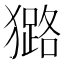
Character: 𤢊